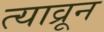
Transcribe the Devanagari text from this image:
त्याव्रून